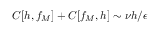
C [ h , f _ { M } ] + C [ f _ { M } , h ] \sim \nu h / \epsilon